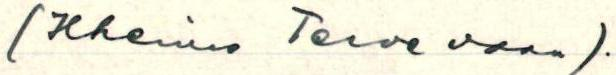
(Hheimo Terve vaan).